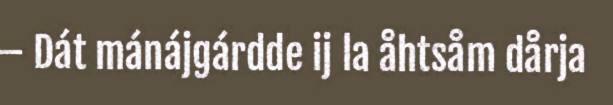
– Dát mánájgárdde ij la åhtsåm dårja